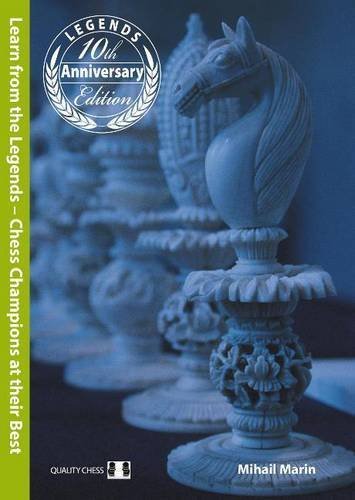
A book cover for Learn from the Legends: Chess Champions at their Best; Mihail Marin; Humor & Entertainment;